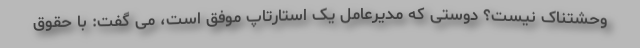
وحشتناک نیست؟ دوستی که مدیرعامل یک استارتاپ موفق است، می گفت: با حقوق